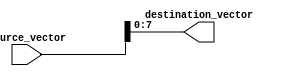
module part_select_example (
    input wire [15:0] source_vector, // 16-bit source vector
    output wire [7:0] destination_vector // 8-bit destination vector
);

// Continuous assignment to select bits 7 to 0 from the source_vector
assign destination_vector = source_vector[7:0]; // Selecting the lower 8 bits

endmodule